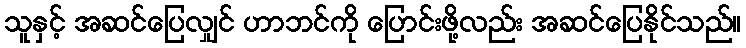
သူနှင့် အဆင်ပြေလျှင် ဟာဘင်ကို ပြောင်းဖို့လည်း အဆင်ပြေနိုင်သည်။